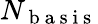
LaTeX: {N_{\mathrm{~b~a~s~i~s~}}}